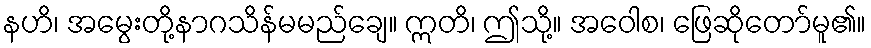
နဟိ၊ အမွေးတို့နာဂသိန်မမည်ချေ။ ဣတိ၊ ဤသို့။ အဝေါစ၊ ဖြေဆိုတော်မူ၏။